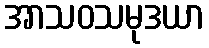
အာသဝသမုဒယာ